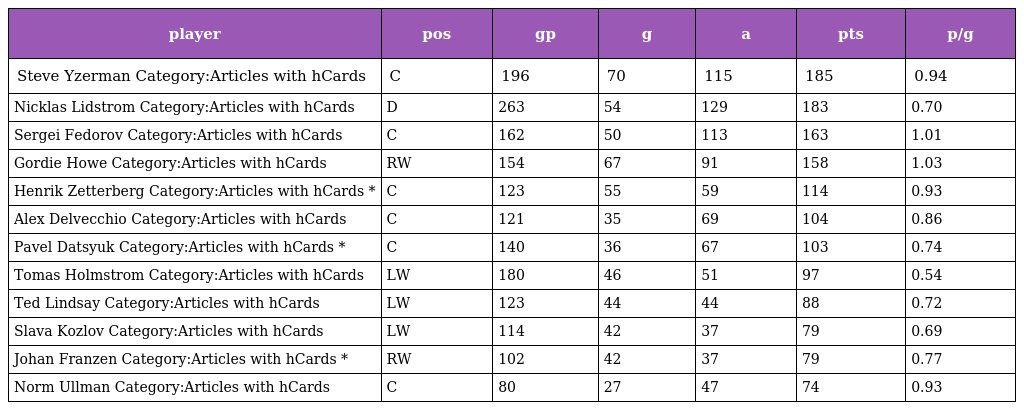
| player | pos | gp | g | a | pts | p/g |
 | --- | --- | --- | --- | --- | --- | --- |
 | Steve Yzerman Category:Articles with hCards | C | 196 | 70 | 115 | 185 | 0.94 |
 | Nicklas Lidstrom Category:Articles with hCards | D | 263 | 54 | 129 | 183 | 0.70 |
 | Sergei Fedorov Category:Articles with hCards | C | 162 | 50 | 113 | 163 | 1.01 |
 | Gordie Howe Category:Articles with hCards | RW | 154 | 67 | 91 | 158 | 1.03 |
 | Henrik Zetterberg Category:Articles with hCards * | C | 123 | 55 | 59 | 114 | 0.93 |
 | Alex Delvecchio Category:Articles with hCards | C | 121 | 35 | 69 | 104 | 0.86 |
 | Pavel Datsyuk Category:Articles with hCards * | C | 140 | 36 | 67 | 103 | 0.74 |
 | Tomas Holmstrom Category:Articles with hCards | LW | 180 | 46 | 51 | 97 | 0.54 |
 | Ted Lindsay Category:Articles with hCards | LW | 123 | 44 | 44 | 88 | 0.72 |
 | Slava Kozlov Category:Articles with hCards | LW | 114 | 42 | 37 | 79 | 0.69 |
 | Johan Franzen Category:Articles with hCards * | RW | 102 | 42 | 37 | 79 | 0.77 |
 | Norm Ullman Category:Articles with hCards | C | 80 | 27 | 47 | 74 | 0.93 |